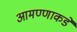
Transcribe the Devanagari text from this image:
आमण्णाकडे